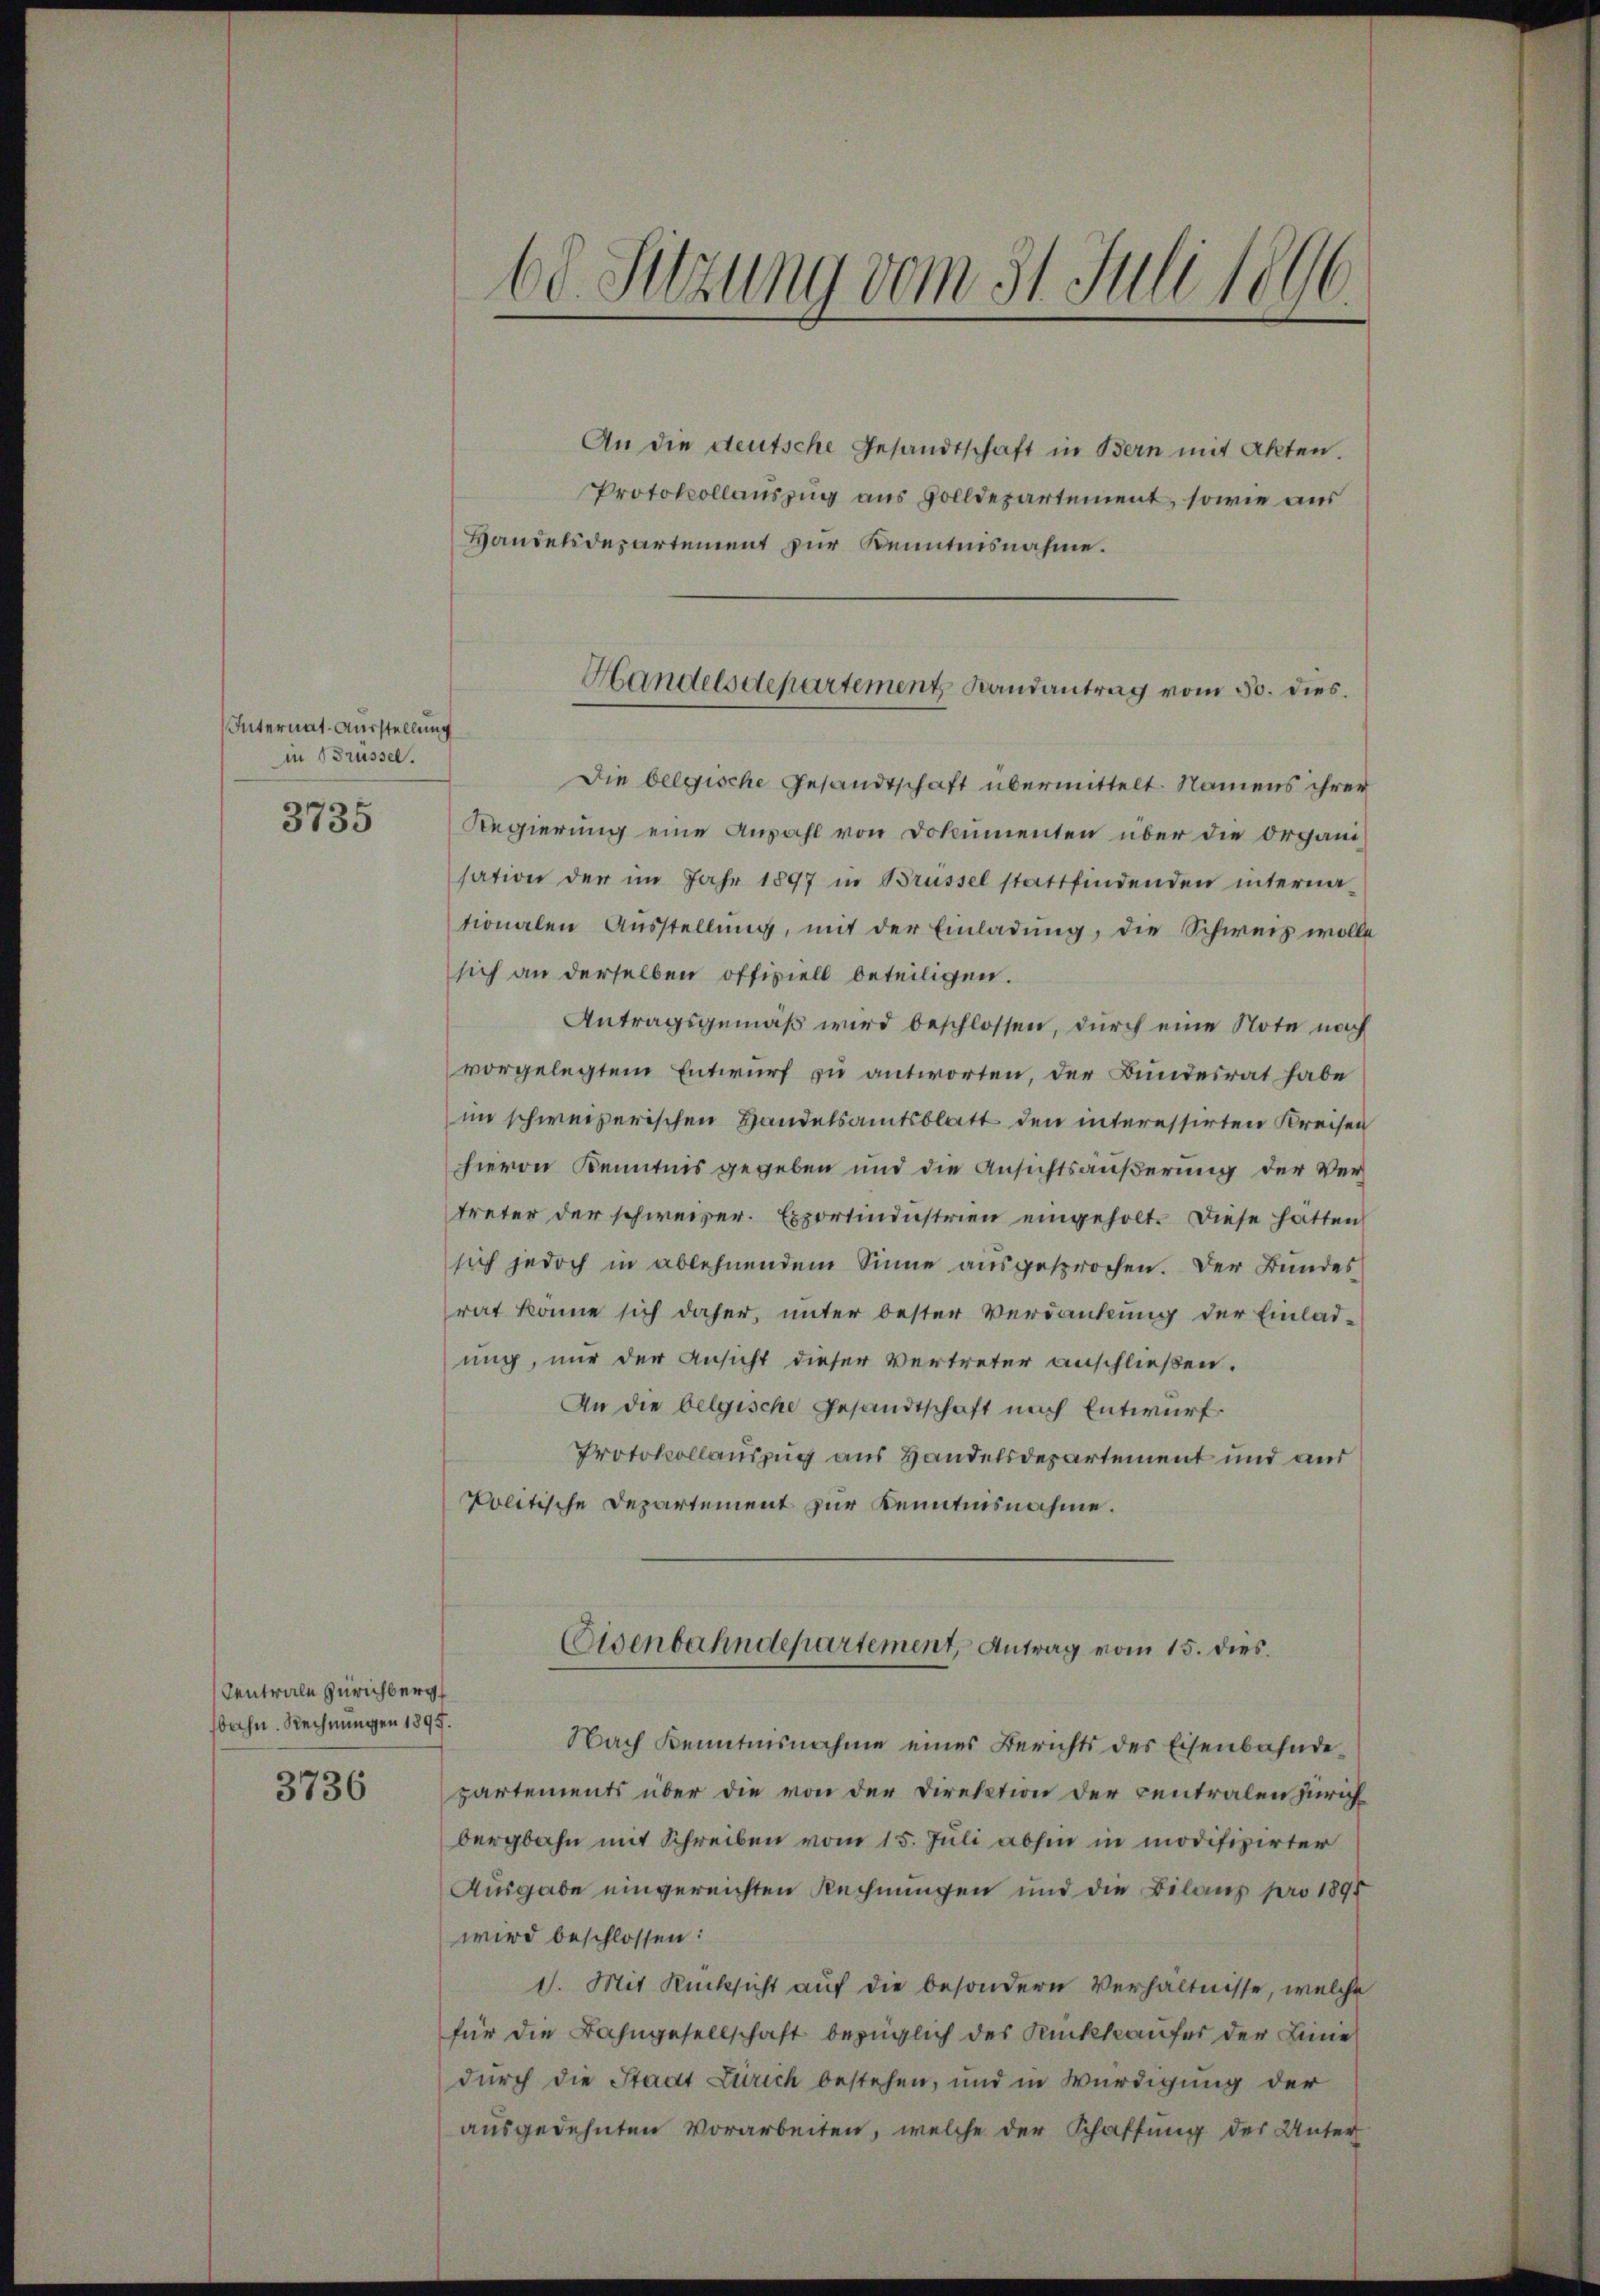
Internat-Ausstellung
in Brüssel.
3735

Centrale Zürichberg
bahn. Rechnungen 1895.

3736

An die deutsche Gesandtschaft in Bern mit Akten.
Protokollauszug aus volldepartement, sowie aus
Handelsdepartement zur Kenntnisnahme.
Die belgische Gesandtschaft übermittelt. Namens ihrer
Regierung eine Anzahl von Dokumenten über die Organisation der im Jahr 1897 in Brüssel stattfindenden internatonalen Aŭsstellŭng, mit der Einladung, die Schweiz wolle
sich an derselben offiziell beteiligen.
Antragsgemäß wird beschlossen, durch eine Note nach
vorgelegtem Entwurf zu antworten, der Bundesrat habe
im schweizerischen Handelsamtsblatt den interessirten Kreisen
hievon Kenntnis gegeben und die Ansichtsäußerung der Vertreter der schweizer. Exportindustrien eingeholt. Diese hätten
sich jedoch in ablehnendem Sinne ausgesprochen. Der Bundes
rat könne sich daher, unter bester Verdankung der Einladung, nur der Ansicht dieser Vertreter anschließen.
An die belgische Gesandtschaft nach Entwurf.
Protokollauszug aus Handelsdepartement und aus
Politische Departement zur Kenntnisnahme.
Eisenbahndepartement, Antrag vom 15. dies
Nach Kenntnisnahme eines Berichts des Eisenbahndepartements über die von der Direktion der centralen Zürich
bergbahn mit Schreiben vom 15. Juli abhin in modifizirter
Ausgabe eingereichten Rechnungen und die Bilanz pro 1891
wird beschlossen:
1. Mit Rücksicht auf die besondern Verhältnisse, welche
für die Bahngesellschaft bezüglich des Rückkaufer der Linie
durch die Stadt Zürich bestehen, und in Würdigung der
ausgedehnten Vorarbeiten, welche der Schaffung der Unter

60. Setzung vom 31. Juli 1896.

Handelsdepartement Randantrag vom 30. dies